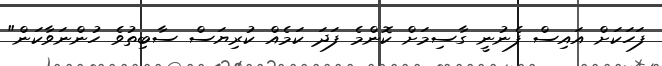
ފަހަކަށް އައިސް ފެނުނީ ގާސިމަށް ކޮންމެ ފަދަ ކަމެއް ކުރިޔަސް ސާބިތުވެ ހުންނަވާކަން"